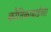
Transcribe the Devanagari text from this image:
कौतिकाबाईंच्या